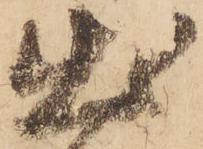
出